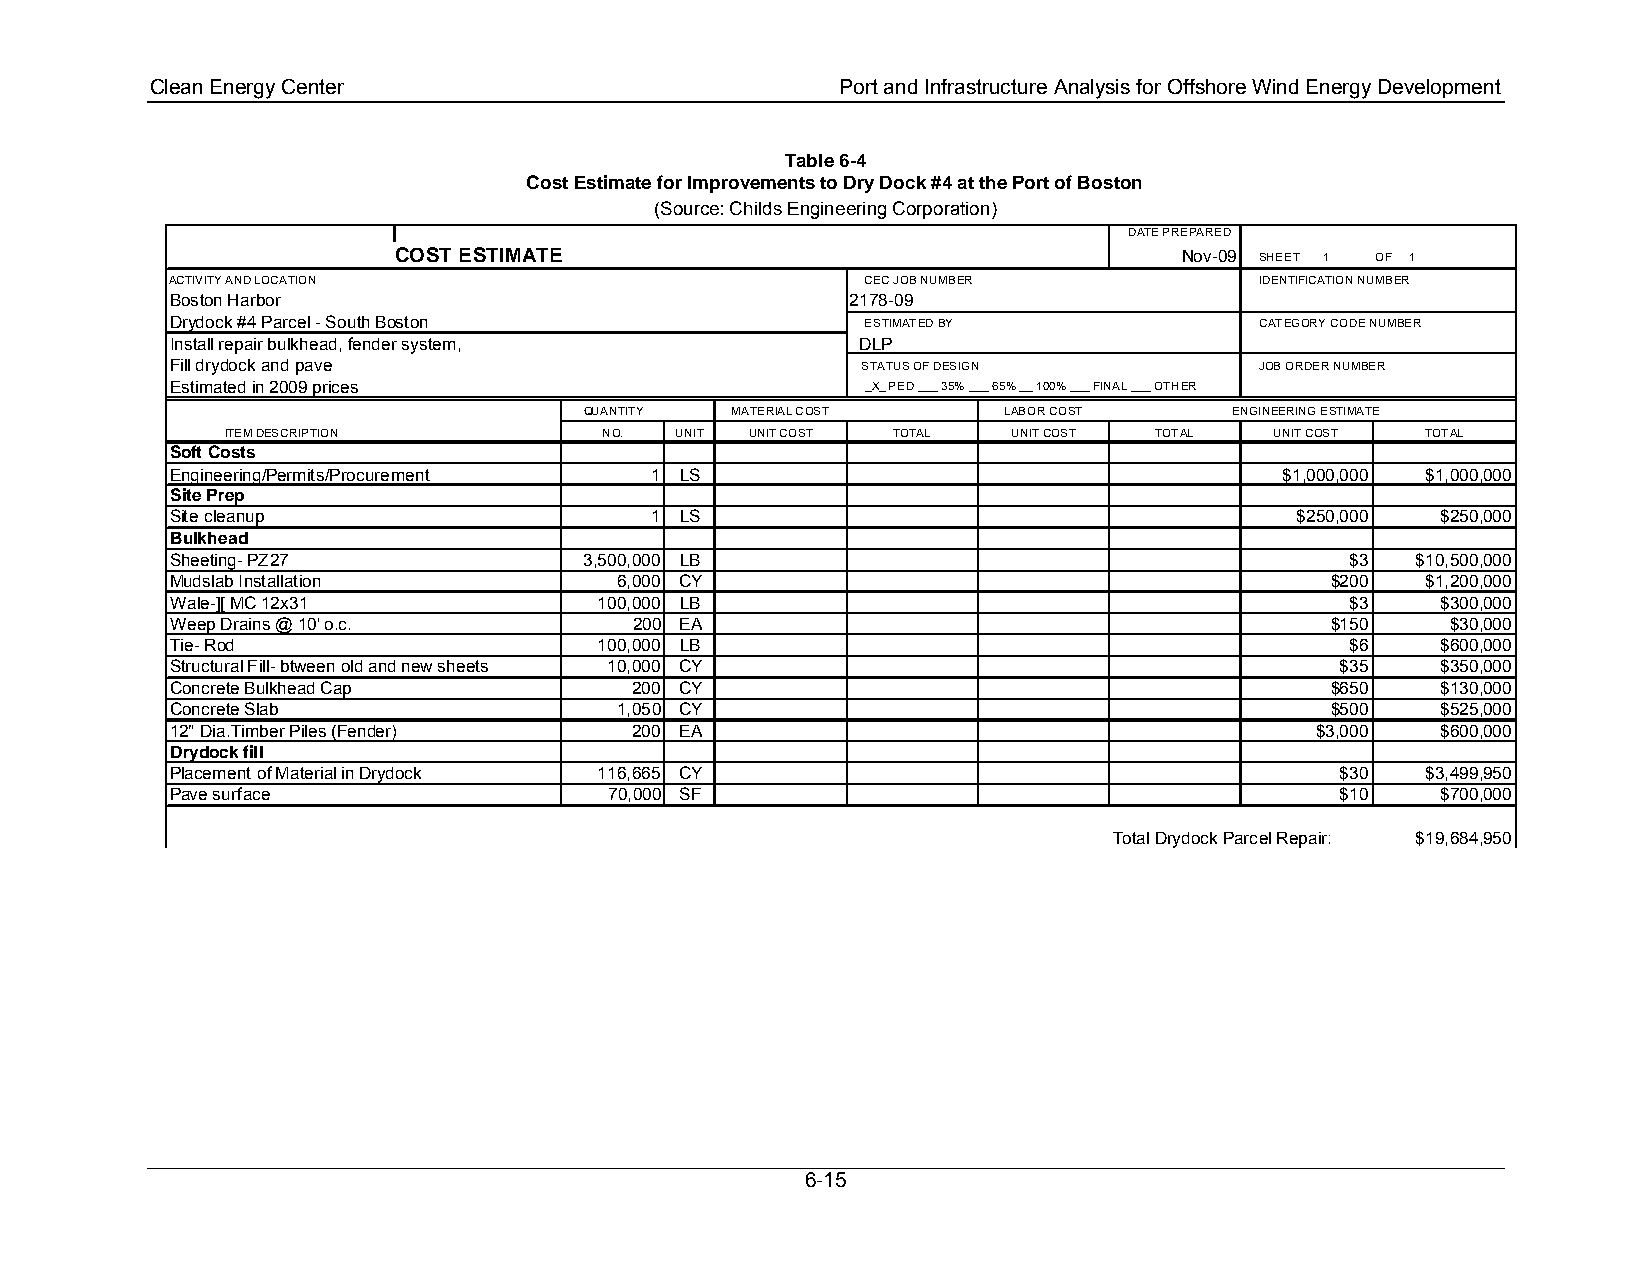
Clean Energy Center                           Port and Infrastructure Analysis for Offshore Wind Energy Development
 Table 6-4
 Cost Estimate for Improvements to Dry Dock #4 at the Port of Boston
 (Source: Childs Engineering Corporation)
 DATE PREPARED
 COST ESTIMATE                                       Nov-09 SHEET 1 OF 1
 ACTIVITY AND LOCATION                         CEC JOB NUMBER            IDENTIFICATION NUMBER
 Boston Harbor                                2178-09
 Drydock #4 Parcel - South Boston              ESTIMATED BY              CATEGORY CODE NUMBER
 Install repair bulkhead, fender system,       DLP
 Fill drydock and pave                         STATUS OF DESIGN          JOB ORDER NUMBER
 Estimated in 2009 prices                      _X_ PED ___ 35% ___ 65% __ 100% ___ FINAL ___ OTHER
 QUANTITY MATERIAL COST     LABOR COST      ENGINEERING ESTIMATE
 ITEM DESCRIPTION         NO.  UNIT UNIT COST TOTAL  UNIT COST TOTAL  UNIT COST TOTAL
 Soft Costs
 Engineering/Permits/Procurement 1 LS                                      $1,000,000 $1,000,000
 Site Prep
 Site cleanup                    1 LS                                       $250,000 $250,000
 Bulkhead
 Sheeting- PZ27              3,500,000 LB                                      $3   $10,500,000
 Mudslab Installation          6,000 CY                                       $200  $1,200,000
 Wale-][ MC 12x31             100,000 LB                                       $3    $300,000
 Weep Drains @ 10' o.c.         200 EA                                        $150    $30,000
 Tie- Rod                     100,000 LB                                       $6    $600,000
 Structural Fill- btween old and new sheets 10,000 CY                          $35   $350,000
 Concrete Bulkhead Cap          200 CY                                        $650   $130,000
 Concrete Slab                 1,050 CY                                       $500   $525,000
 12" Dia.Timber Piles (Fender)  200 EA                                       $3,000  $600,000
 Drydock fill
 Placement of Material in Drydock 116,665 CY                                   $30  $3,499,950
 Pave surface                 70,000 SF                                        $10   $700,000
 Total Drydock Parcel Repair: $19,684,950
 6-15